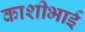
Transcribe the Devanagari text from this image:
काशीभाई